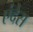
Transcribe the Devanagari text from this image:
एंदेस